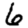
Digit: 6